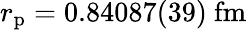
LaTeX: r_{\mathrm{p}}=0.84087(39)\ \mathrm{fm}